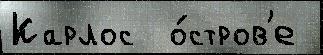
Карлос  о́стров'е